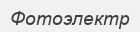
Фотоэлектр